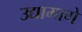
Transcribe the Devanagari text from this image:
उद्यामागे